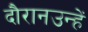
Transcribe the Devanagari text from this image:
दौरानउन्हें